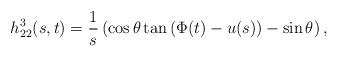
LaTeX: \begin{align*}h_{22}^3(s,t)=\frac{1}{s}\left( \cos \theta \tan \left(\Phi (t)-u(s)\right)-\sin \theta \right), \end{align*}